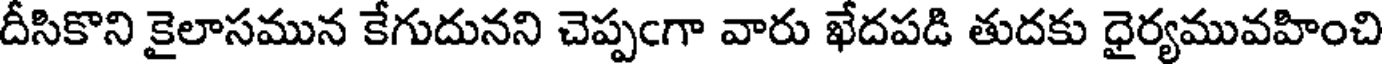
దీసికొని కైలాసమున కేగుదునని చెప్పఁగా వారు ఖేదపడి తుదకు ధైర్యమువహించి